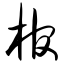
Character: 棺